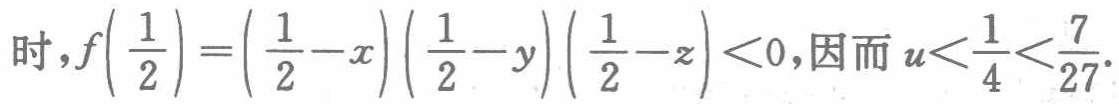
时，\(f\left(\frac{1}{2}\right)=\left(\frac{1}{2}-x\right)\left(\frac{1}{2}-y\right)\left(\frac{1}{2}-z\right)<0\)，因而\(u<\frac{1}{4}<\frac{7}{27}\).